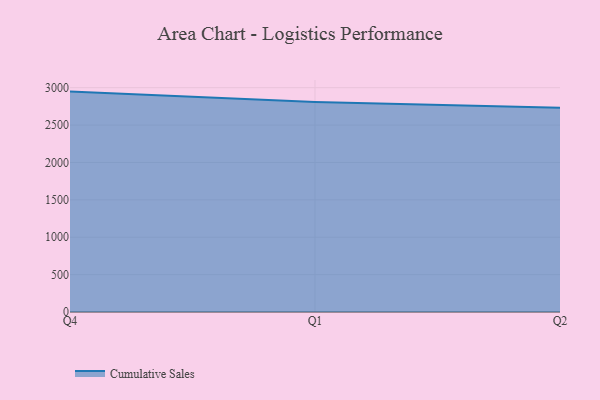
{"axis": {"x": "Quarter", "y": "Inventory Turnover"}, "legend": ["Cumulative Sales"], "data": [{"x": "Q4", "y": 2947.8, "type": "Cumulative Sales"}, {"x": "Q1", "y": 2809.4, "type": "Cumulative Sales"}, {"x": "Q2", "y": 2733.4, "type": "Cumulative Sales"}]}